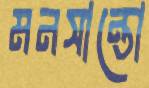
মনসান্তো